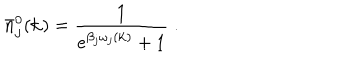
\bar { n } _ { j } ^ { 0 } ( { \bf k } ) = \frac { 1 } { { e } ^ { \beta _ { j } \omega _ { j } ( { \bf k } ) } + 1 } \; .